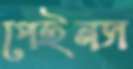
পেইনস